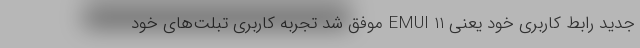
جدید رابط کاربری خود یعنی EMUI 11 موفق شد تجربه کاربری تبلت‌های خود